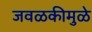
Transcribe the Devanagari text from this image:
जवळकीमुळे